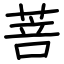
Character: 菩